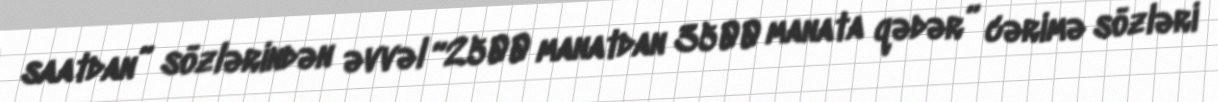
saatdan” sözlərindən əvvəl “2500 manatdan 3500 manata qədər” cərimə sözləri